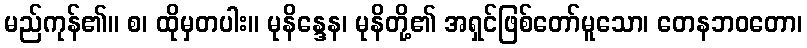
မည်ကုန်၏။ စ၊ ထိုမှတပါး။ မုနိန္ဒေန၊ မုနိတို့၏ အရှင်ဖြစ်တော်မူသော၊ တေနဘဝတော၊